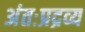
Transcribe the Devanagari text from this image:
अंतःप्रद्रव्य